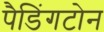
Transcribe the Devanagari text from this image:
पैडिंगटोन